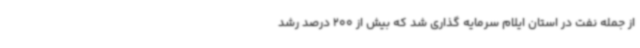
از جمله نفت در استان ایلام سرمایه گذاری شد که بیش از 200 درصد رشد